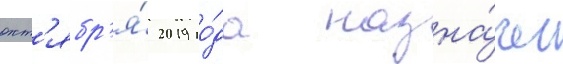
окт'ябр'я́ 2019 го́да назна́чен